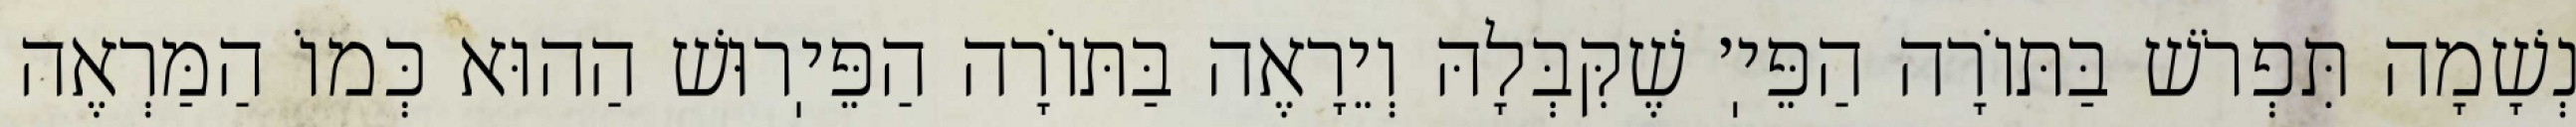
נְשָׁמָה תִּפְרֹשׁ בַּתּוֹרָה הַפֵּיֽ׳ שֶׁקִּבְּלָהּ וְיֵרָאֶה בַּתּוֹרָה הַפֵּיֽרוּשׁ הַהוּא כְּמוֹ הַמַּרְאֶה